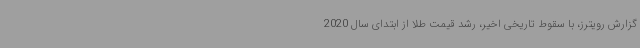
گزارش رویترز، با سقوط تاریخی اخیر، رشد قیمت طلا از ابتدای سال 2020